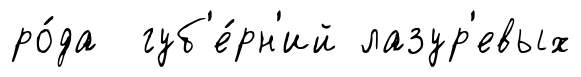
ро́да губ'е́рн'ий лазур'евых